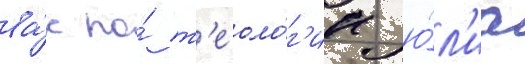
ва́к по́ т'еоло́г'ии ю́л'иа